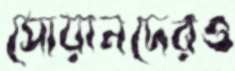
সোয়ানদেরও